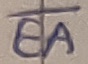
Text: EA